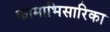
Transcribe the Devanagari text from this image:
कामाभिसारिका